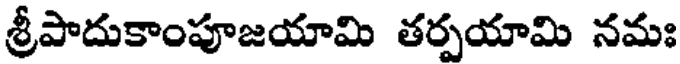
శ్రీపాదుకాంపూజయామి తర్పయామి నమః